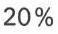
20 %